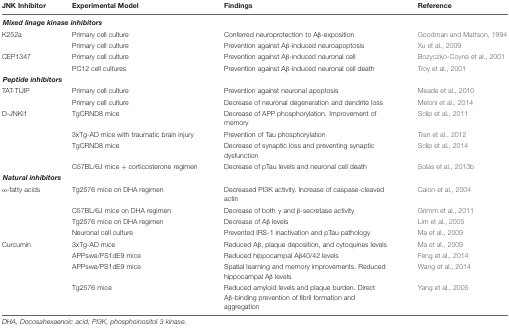
| JNK Inhibitor | Experimental Model | Findings | Reference |
 | --- | --- | --- | --- |
 | <COLSPAN=2> Mixed linage kinase inhibitors |  |  |
 | K252a | Primary cell culture | Conferred neuroprotection to Aβ-exposition | Goodman and Mattson, 1994 |
 |  | Primary cell culture | Prevention against Aβ-induced neuroapoptosis | Xu et al., 2009 |
 | CEP1347 | Primary cell culture | Prevention against Aβ-induced neuronal cell | Bozyczko-Coyne et al., 2001 |
 |  | PC12 cell cultures | Prevention against Aβ-induced neuronal cell death | Troy et al., 2001 |
 | <COLSPAN=2> Peptide inhibitors |  |  |
 | TAT-TIJIP | Primary cell culture | Prevention against neuronal apoptosis | Meade et al., 2010 |
 |  | Primary cell culture | Decrease of neuronal degeneration and dendrite loss | Meloni et al., 2014 |
 | D-JNKi1 | TgCRND8 mice | Decrease of APP phosphorylation. Improvement of memory | Sclip et al., 2011 |
 |  | 3xTg-AD mice with traumatic brain injury | Prevention of Tau phosphorylation | Tran et al., 2012 |
 |  | TgCRND8 mice | Decrease of synaptic loss and preventing synaptic dysfunction | Sclip et al., 2014 |
 |  | C57BL/6J mice + corticosterone regimen | Decrease of pTau levels and neuronal cell death | Solas et al., 2013b |
 | <COLSPAN=2> Natural inhibitors |  |  |
 | ω-fatty acids | Tg2576 mice on DHA regimen | Decreased PI3K activity. Increase of caspase-cleaved actin | Calon et al., 2004 |
 |  | C57BL/6J mice on DHA regimen | Decrease of both γ and β-secretase activity | Grimm et al., 2011 |
 |  | Tg2576 mice on DHA regimen | Decrease of Aβ levels | Lim et al., 2005 |
 |  | Neuronal cell culture | Prevented IRS-1 inactivation and pTau pathology | Ma et al., 2009 |
 | Curcumin | 3xTg-AD mice | Reduced Aβ, plaque deposition, and cytoquines levels | Ma et al., 2009 |
 |  | APPswe/PS1dE9 mice | Reduced hippocampal Aβ40/42 levels | Feng et al., 2014 |
 |  | APPswe/PS1dE9 mice | Spatial learning and memory improvements. Reduced hippocampal Aβ levels | Wang et al., 2014 |
 |  | Tg2576 mice | Reduced amyloid levels and plaque burden. Direct Aβ-binding prevention of fibril formation and aggregation | Yang et al., 2005 |